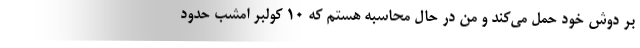
بر دوش خود حمل مي‌كند و من در حال محاسبه هستم كه 10 كولبر امشب حدود